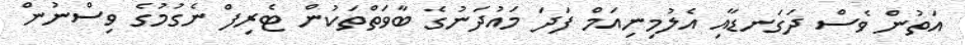
އަތުން ވެސް ދަގަނޑާއި އެލުމިނިއަމް ފަދަ މައުދަނުގެ ބާވަތްތަކުން ޓެރިފް ނެގުމުގެ ވިސްނުން